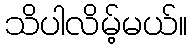
သိပါလိမ့်မယ်။